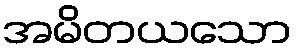
အမိတယသော